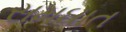
સમઘાત